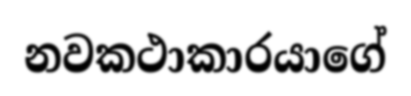
නවකථාකාරයාගේ